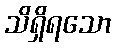
သိရှိရသော